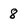
Character: 8